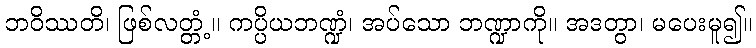
ဘဝိဿတိ၊ ဖြစ်လတ္တံ့။ ကပ္ပိယဘဏ္ဍံ၊ အပ်သော ဘဏ္ဍာကို။ အဒတွာ၊ မပေးမူ၍။